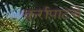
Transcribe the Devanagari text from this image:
कुर्रापाटचे